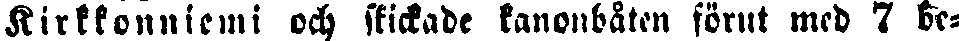
Kirkkonniemi och skickade kanonbåten förut med 7 be-